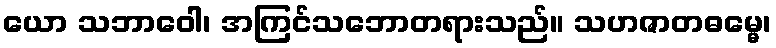
ယော သဘာဝေါ၊ အကြင်သဘောတရားသည်။ သဟဇာတဓမ္မေ၊